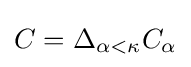
C=\Delta _{\alpha <\kappa }C_{\alpha }